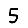
Digit: 5